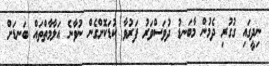
ނިދީގައި ގުގުރި ދެމުން މާބަނޑު ދުވަސްވަރު ފަރުވާ ކުޑަކޮށްގެން ނުވާނެ އަލާމާތްތައް ބަނޑަށް